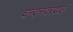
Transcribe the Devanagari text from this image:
चन्दनवरदाई